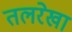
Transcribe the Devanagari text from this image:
तलरेखा